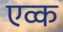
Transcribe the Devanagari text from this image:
एव्क